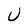
Character: U